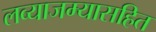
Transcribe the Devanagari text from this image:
लव्याजम्यासहित